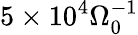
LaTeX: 5\times 10^{4}\Omega_{0}^{-1}